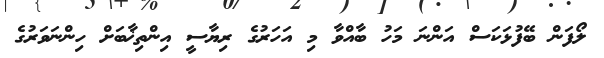
ލޯފަން ބޭފުޅަކަސް އަންނަ މަހު ބާއްވާ މި އަހަރުގެ ރިޔާސީ އިންތިޚާބަށް ހިންނަވަރުގެ